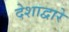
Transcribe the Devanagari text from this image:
देशाद्वारे